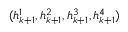
( h _ { k + 1 } ^ { 1 } , h _ { k + 1 } ^ { 2 } , h _ { k + 1 } ^ { 3 } , h _ { k + 1 } ^ { 4 } )